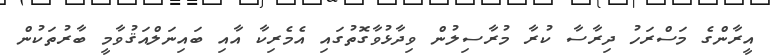
އީރާންގެ މަސްރަހު ދިރާސާ ކުރާ މުރާސިލުން ވިދާޅުވާގޮތުގައި އެމެރިކާ އާއި ބައިނަލްއަޤުވާމީ ބާރުތަކުން